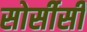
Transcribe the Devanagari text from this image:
सोर्सीसी